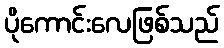
ပိုကောင်းလေဖြစ်သည်